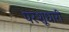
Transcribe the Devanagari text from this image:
परशूधारी